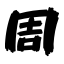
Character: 周